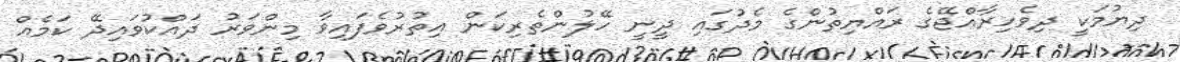
ދިޔުމަކީ ދިވެހިރާއްޖޭގެ ރައްޔިތުންގެ މެދުގައި ދީނީ ހޭލުންތެރިކަން އިތުރުވެފައިވާ މިންވަރު ދައްކުވައިދޭ ކަމެއް